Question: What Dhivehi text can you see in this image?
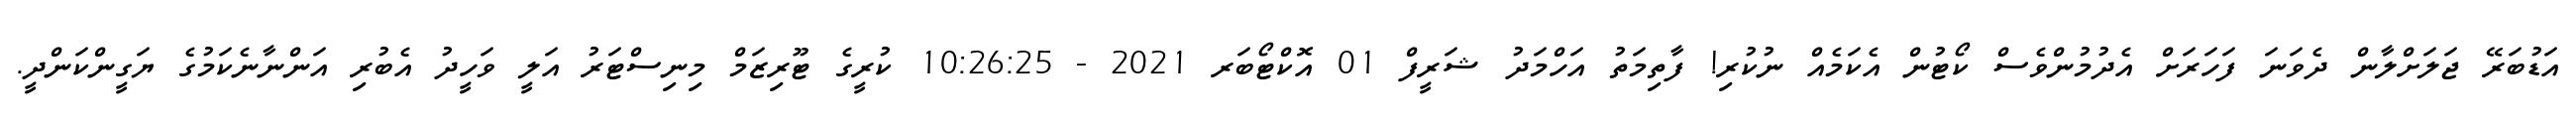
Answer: އަޑުބަރޭ ޖަލަށްލާން ދެވަނަ ފަހަރަށް އެދުމުންވެސް ކޯޓުން އެކަމެއް ނުކުރި! ފާތިމަތު އަހްމަދު ޝަރީފް 01 އޮކްޓޯބަރ 2021 - 10:26:25 ކުރީގެ ޓޫރިޒަމް މިނިސްޓަރު އަލީ ވަހީދު އެބުރި އަންނާނެކަމުގެ ޔަގީންކަންދީ.